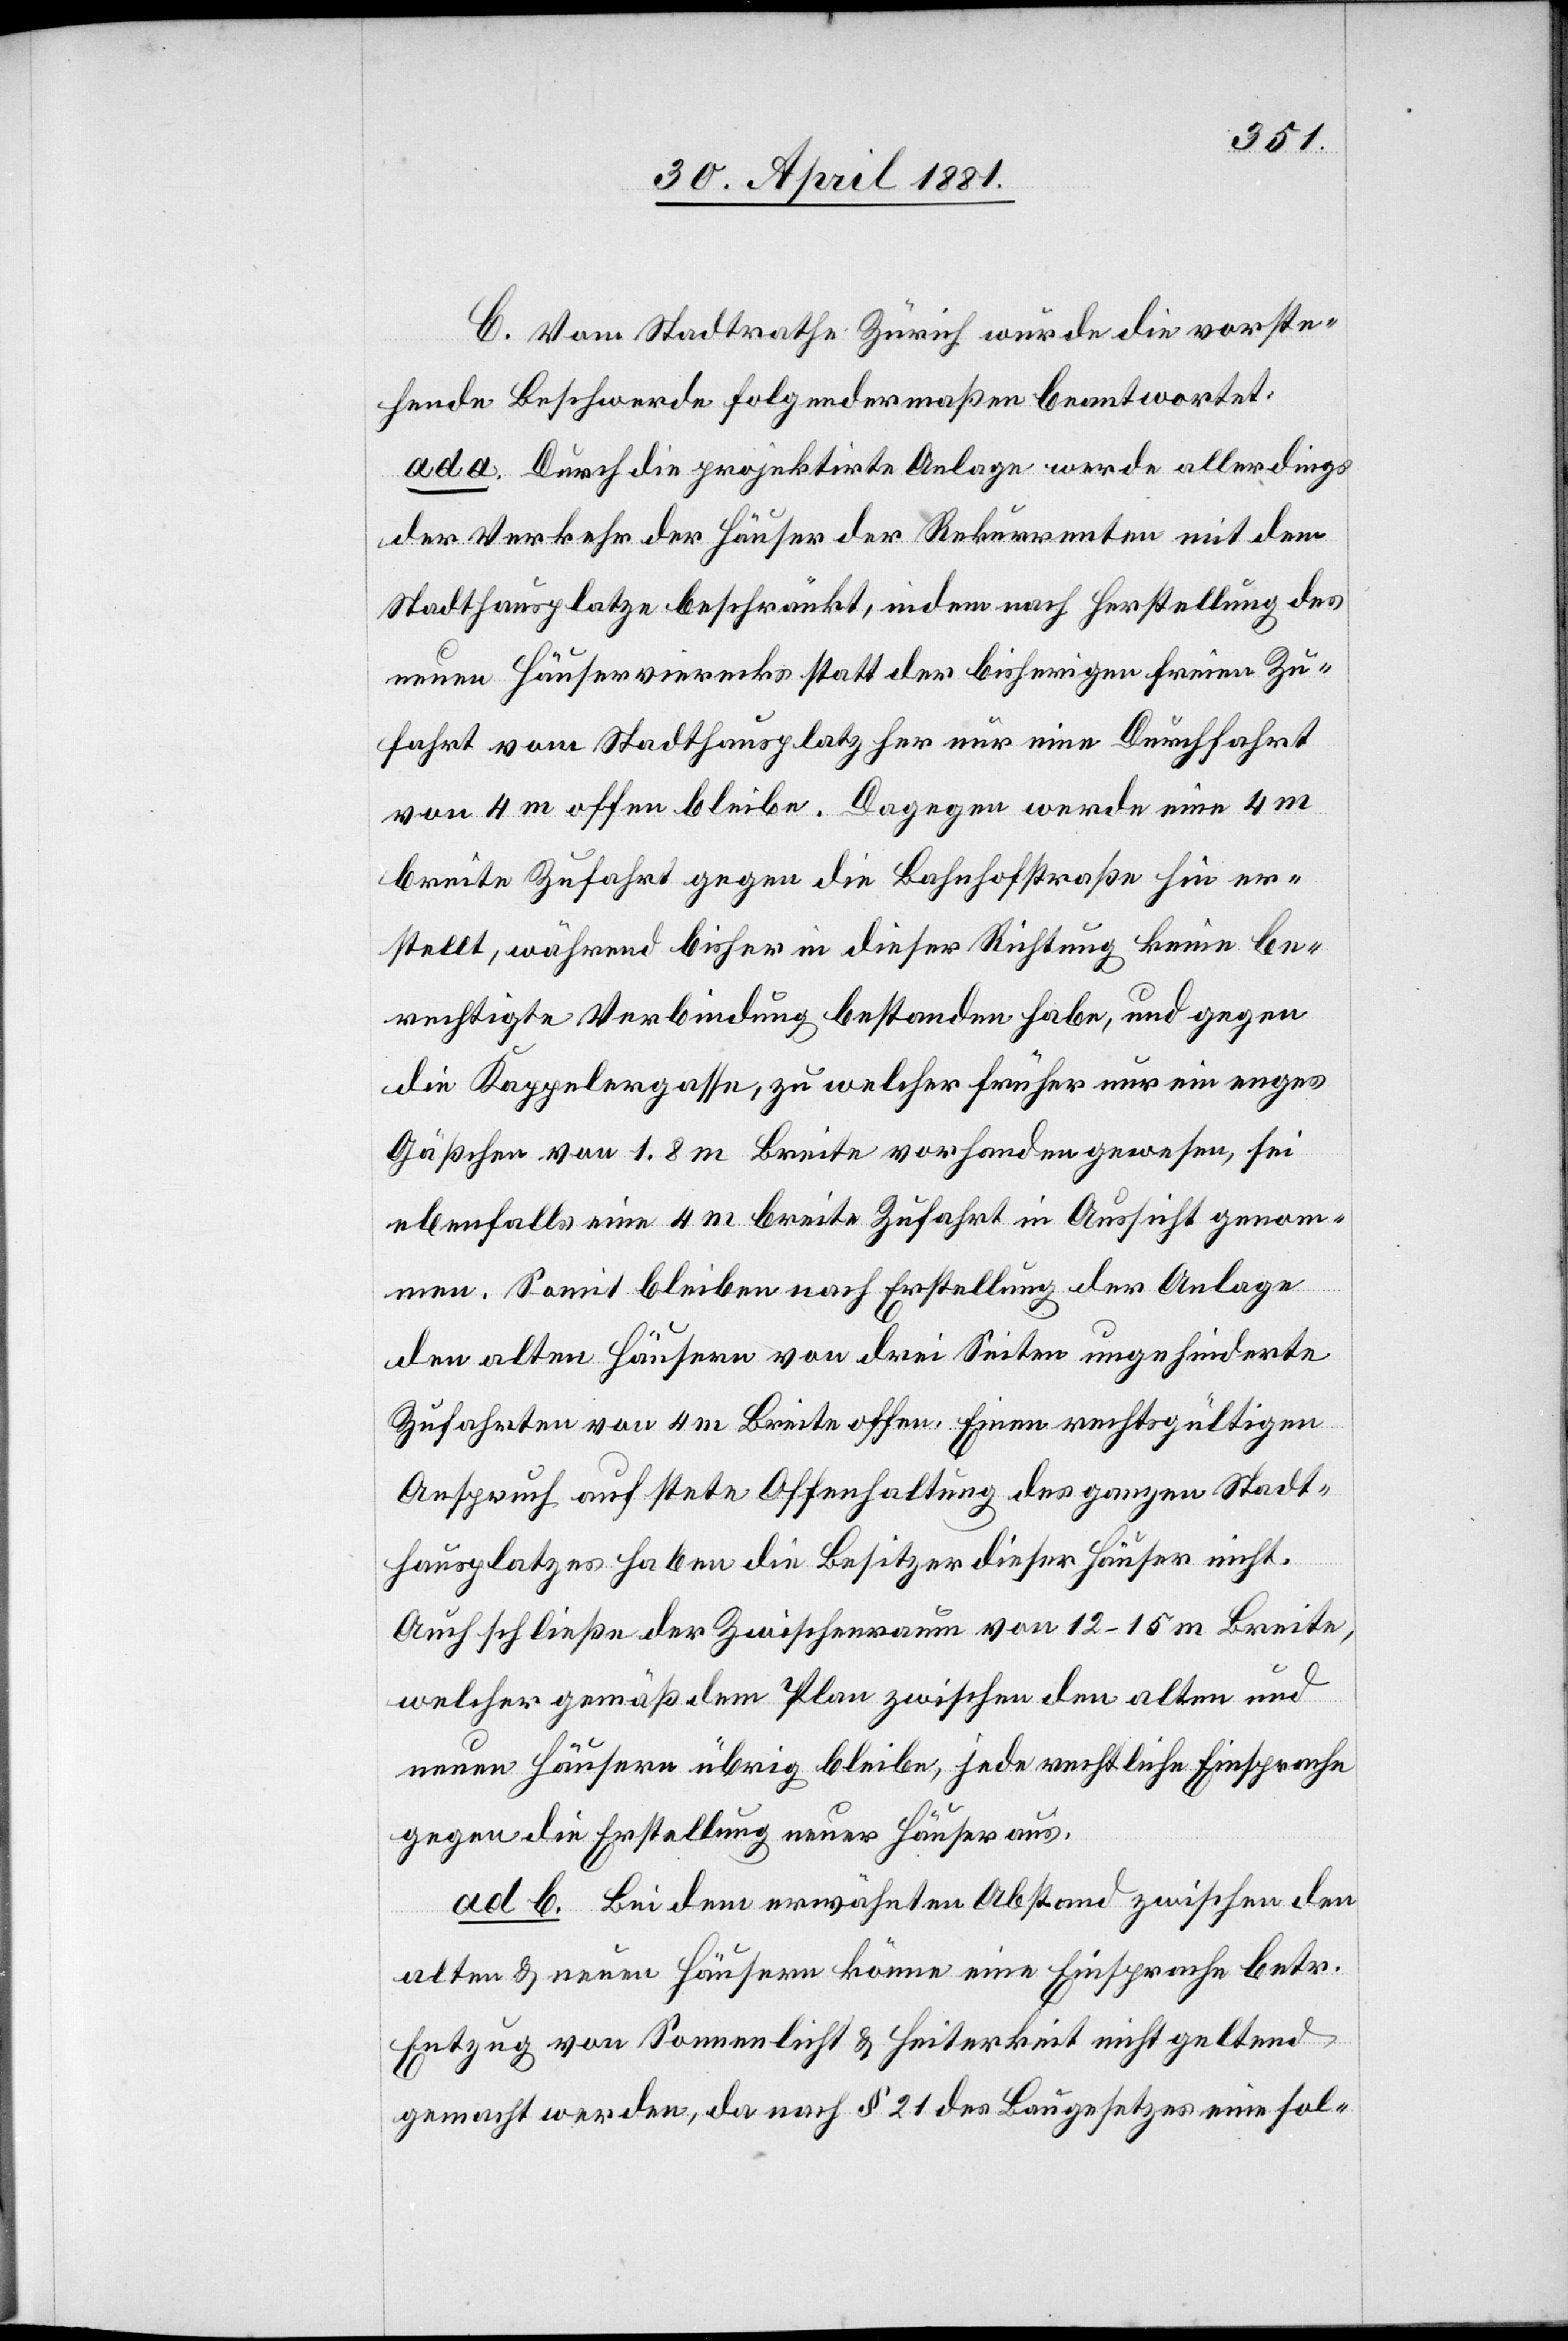
C. Vom Stadtrath Zürich wurde die vorste¬
hende Beschwerde folgendermaßen beantwortet:
ad a. Durch die projektirte Anlage werde allerdings
der Verkehr der Häuser der Rekurrenten mit dem
Stadthausplatze beschränkt, indem nach Erstellung des
neuen Häuservierecks statt der bisherigen freien Zu¬
fahrt vom Stadthausplatz her nur eine Durchfahrt
von 4 m offen bleibe. Dagegen werde eine 4
breite Zufahrt gegen die Bahnhofstraße hin er¬
stellt, während bisher in dieser Richtung keine be¬
rechtigte Verbindung bestanden habe, und gegen
die Kappelergasse, zu welcher früher nur ein enges
Gäßchen von 1.8 m Breite vorhanden gewesen, sei
ebenfalls eine 4 m breite Zufahrt in Aussicht genom¬
men. Somit bleiben nach Erstellung der Anlage
den alten Häusern von drei Seiten ungehinderte
Zufahren von 4 m Breite offen. Einen rechtsgültigen
Anspruch auf stete Offenhaltung des ganzen Stadt¬
hausplatzes haben die Besitzer dieser Häuser nicht.
Auch schließe der Zwischenraum von 12–15 m Breite,
welcher gemäß dem Plan zwischen den alten und
neuen Häusern übrig bleibe, jede rechtliche Einsprache
gegen die Erstellung neuer Häuser aus.
ad b. Bei dem erwähnten Abstand zwischen den
alten & neuen Häusern könne eine Einsprache betr.
Entzug von Sonnenlicht & Heiterkeit nicht geltend
gemacht werden, da nach § 21 des Baugesetzes eine sol-